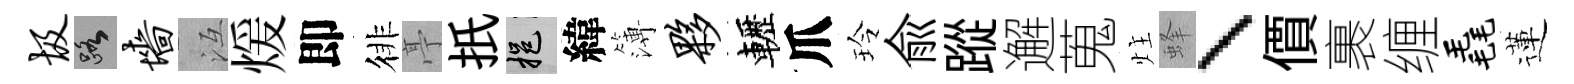
圾路墙冱煖即徘亭扺挹緯簿夥轣爪玲兪蹤邂蒐炷蜂、價裹缠毳蓮